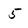
Character: 5